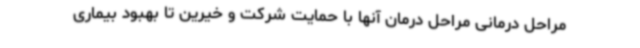
مراحل درمانی مراحل درمان آنها با حمایت شرکت و خیرین تا بهبود بیماری